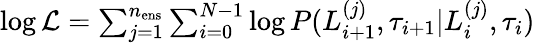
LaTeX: \begin{array}{r}{\log\mathcal{L}=\sum_{j=1}^{n_{\mathrm{ens}}}\sum_{i=0}^{N-1}\log P(L_{i+1}^{(j)},\tau_{i+1}|L_{i}^{(j)},\tau_{i})}\end{array}